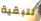
للبقية